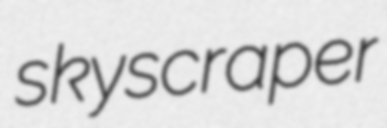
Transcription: skyscraper